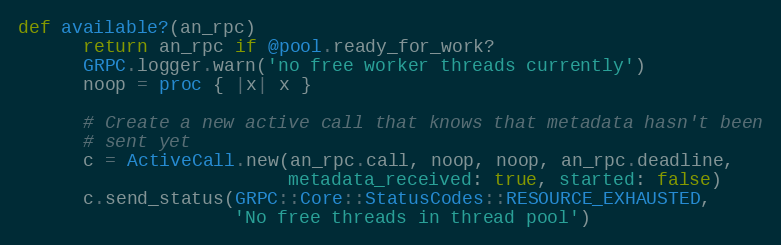
Language: Ruby
def available?(an_rpc)
      return an_rpc if @pool.ready_for_work?
      GRPC.logger.warn('no free worker threads currently')
      noop = proc { |x| x }

      # Create a new active call that knows that metadata hasn't been
      # sent yet
      c = ActiveCall.new(an_rpc.call, noop, noop, an_rpc.deadline,
                         metadata_received: true, started: false)
      c.send_status(GRPC::Core::StatusCodes::RESOURCE_EXHAUSTED,
                    'No free threads in thread pool')